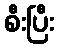
စီးပြီး